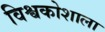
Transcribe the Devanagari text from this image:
विश्वकोशाला